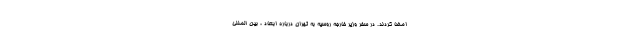
امضا کردند. در سفر وزیر خارجه روسیه به تهران درباره ابعاد ، بین المللی